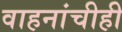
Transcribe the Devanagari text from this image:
वाहनांचीही